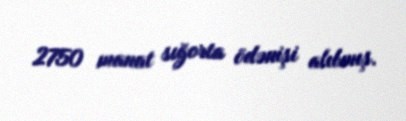
2750 manat sığorta ödənişi alıbmış.